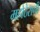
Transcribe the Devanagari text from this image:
महोठेरानी